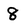
Character: 8